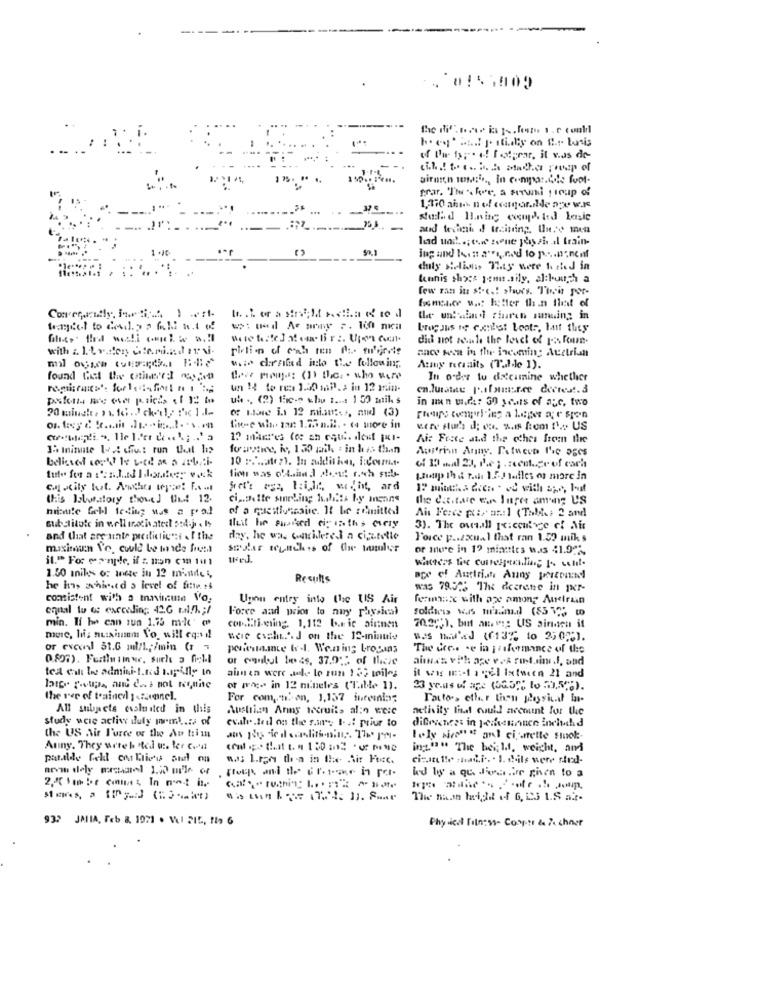
( l'ir typ. e! Iotprar, it was de-
and tedigh d training, Ileso men
duly Selivs They were tied in
tunis shoes jones.sily, although a
few ran it st-es! shoes. This por-
the un'said riurch sunuing in
did not seule the lovet of p: foun.
pilion of unk ten Ac. fuente
ance went in the incoming Acetrian
with chrild into the following.
Atmy neesaits (Talde 1).
tere pen .: (1) the. . who were
In order to delcumine whether
un ! to res 1.20 mP. > in 12 min.
ca.lutstate [ .. ifource deetest.3
uh .. (2) fc- w.hu 1 ...: 1 50 mil s
in nun u.dk: 30 youts of auc, two
de biase is 12 miamiss, and (3)
Ai: Frete and the eches freen thee
15 minute les diut run that he
fourniee, iv, 130 mail . in his than
Afrin Army. Detween the ages
Latip th & rash 1.2-J telles os more in
this Isluiatory shane) Und 12.
ci .. Dette sieLing habits by means
The dustve en Juger among US
minute Gell testing was a pod
of a questionnaire. It be remitted
Ait Ferce prix ar .: 1 (Thldes 2 and
substitute in well motivated podej. . Is
ahit he aupied einesths every
3). The ouall 14:courge of Air
and that are tinte predictions . I the
day, he was considered a cigetelle
Force y .. /xual that ran 1.5? miks
maximun Vo. could be tice front
or more in 19 miattles was 41.922.
il." For manyde, il s non ci tul
1.50 mniks o: Inete in 12 minde i,
Results
age of Austrian Auny pesconel
he has achieved a level of filmes
was 79.528 The deerene in per-
consistent with a transitie Vo,
Upon entry into the US Air
fermance with aze among Audirain
equal to a: exceeding 426 r.N/h .; /
Force and prior to any physical
min. If he can sun 1.75 m-le (
cor.Eli-ning 1,112 b.nic sinnen
more, lis mutaim Vo, will cond!
sere csele.". J on the 12-minute
ws naind (13% to 2,0%).
or excel 31.5 ml/L /min (r )
poisite Il. Woning brogans
The ice .. . e in juformance of the
or conbul bess, 37.9"2 of these
tea eil be admini-L.red impifly in
aim en were ale le run 122 toiles
il wis m :: 1 a cel Ixtween 21 and
of price in 12 nineles (Table 1).
the ver of trained ; . zanel.
For com."ti.con, 1,157 fueenia;
All subjects cislusted in this
Austrian Anny tecruits al:9 Weic
activity that could account for the
study were activ duly prml .... of
evale.feil on the sans 1. 4: prior to
difrenes: in Jenvenance inelchd
the US Air Force of the Au trim
lely siroast anl cigarette sinol :-
Auny. They were h 'ted w. ler Con
ing.""* The height, weight, and
cizatitle "hadi .. . I. d.ils vere thed-
arvmu dely marcarel 1.20 m'le or
932 JMIA, Feb B. 1971 . Vel 215, tis 6
Physical Fitness- Compte & 24 chner